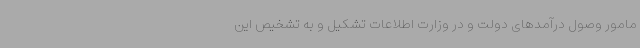
مامور وصول درآمدهای دولت و در وزارت اطلاعات تشکیل و به تشخیص این